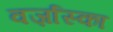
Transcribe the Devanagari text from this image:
वर्ज़ास्का